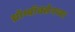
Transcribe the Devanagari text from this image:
थ्रॉम्बॉक्सेनच्या